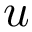
u